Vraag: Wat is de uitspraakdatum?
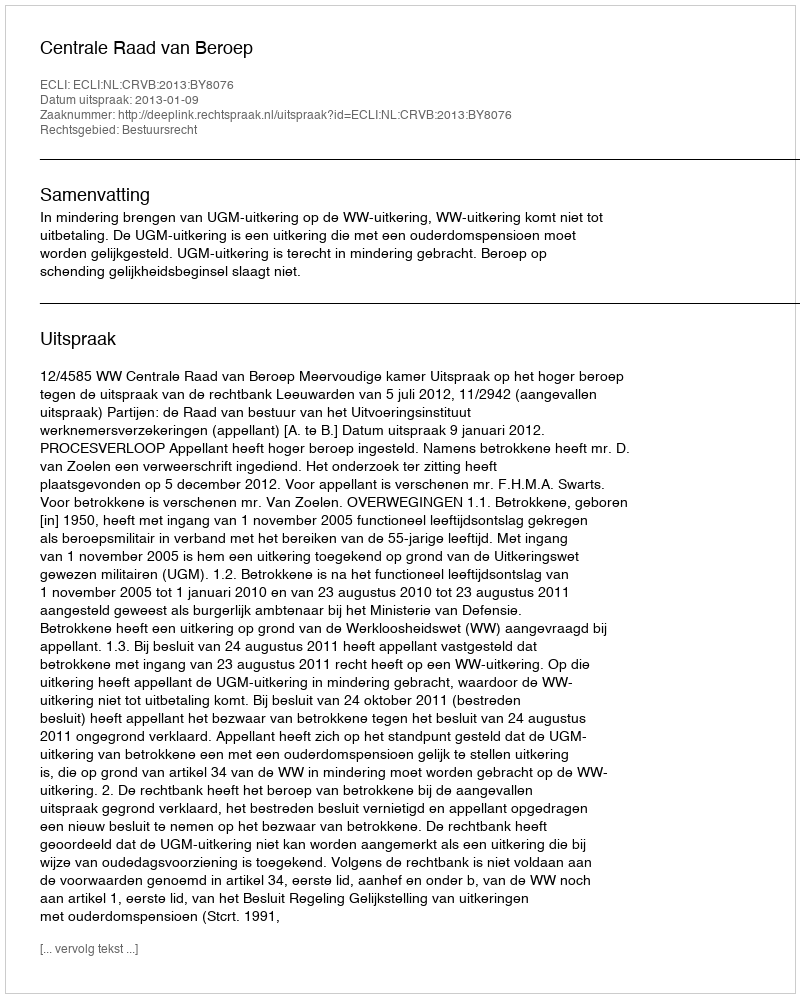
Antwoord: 2013-01-09